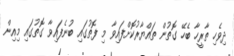
ދިވެހި ތާރީހާ ބެހޭ ގޮތުން ތައްޔާރުކޮށްފައިވާ މި ފޮތުގައި ބުނެފައިވާ ގޮތުގައި މިއިން